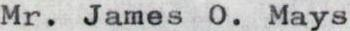
Mr. James O. Mays